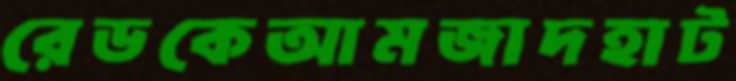
রেডকেআমজাদহাট